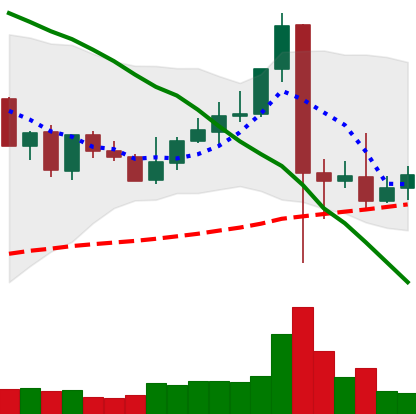
Ticker: XLM-USD
Chart end date: 2021-09-12
Forward return: -4.084%
Label: down_3_5